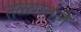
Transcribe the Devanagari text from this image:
तळ्यातले